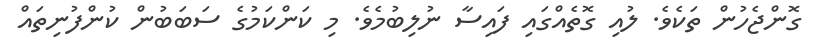
ގޮންޖެހުން ތަކެވެ. ލުއި ގޮތެއްގައި ފައިސާ ނުލިބުމެވެ. މި ކަންކަމުގެ ސަބަބުން ކުންފުނިތައް